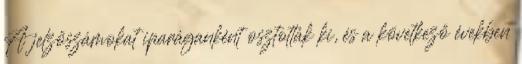
A jelzőszámokat iparáganként osztották ki, és a következő években